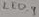
Text: LED_9